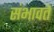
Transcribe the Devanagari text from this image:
संभावते